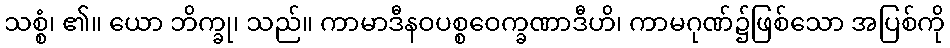
သစ္စံ၊ ၏။ ယော ဘိက္ခု၊ သည်။ ကာမာဒီနဝပစ္စဝေက္ခဏာဒီဟိ၊ ကာမဂုဏ်၌ဖြစ်သော အပြစ်ကို